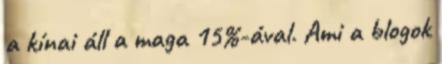
a kínai áll a maga 15%-ával. Ami a blogok